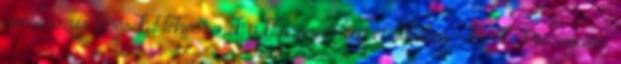
ambiciózus lépéseket tehessenek a klímavédelem érdekében - közölte Georgijewa.